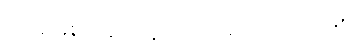
ထမင်းစားခဲ့ကြဖူးတယ် မဟုတ်လား။